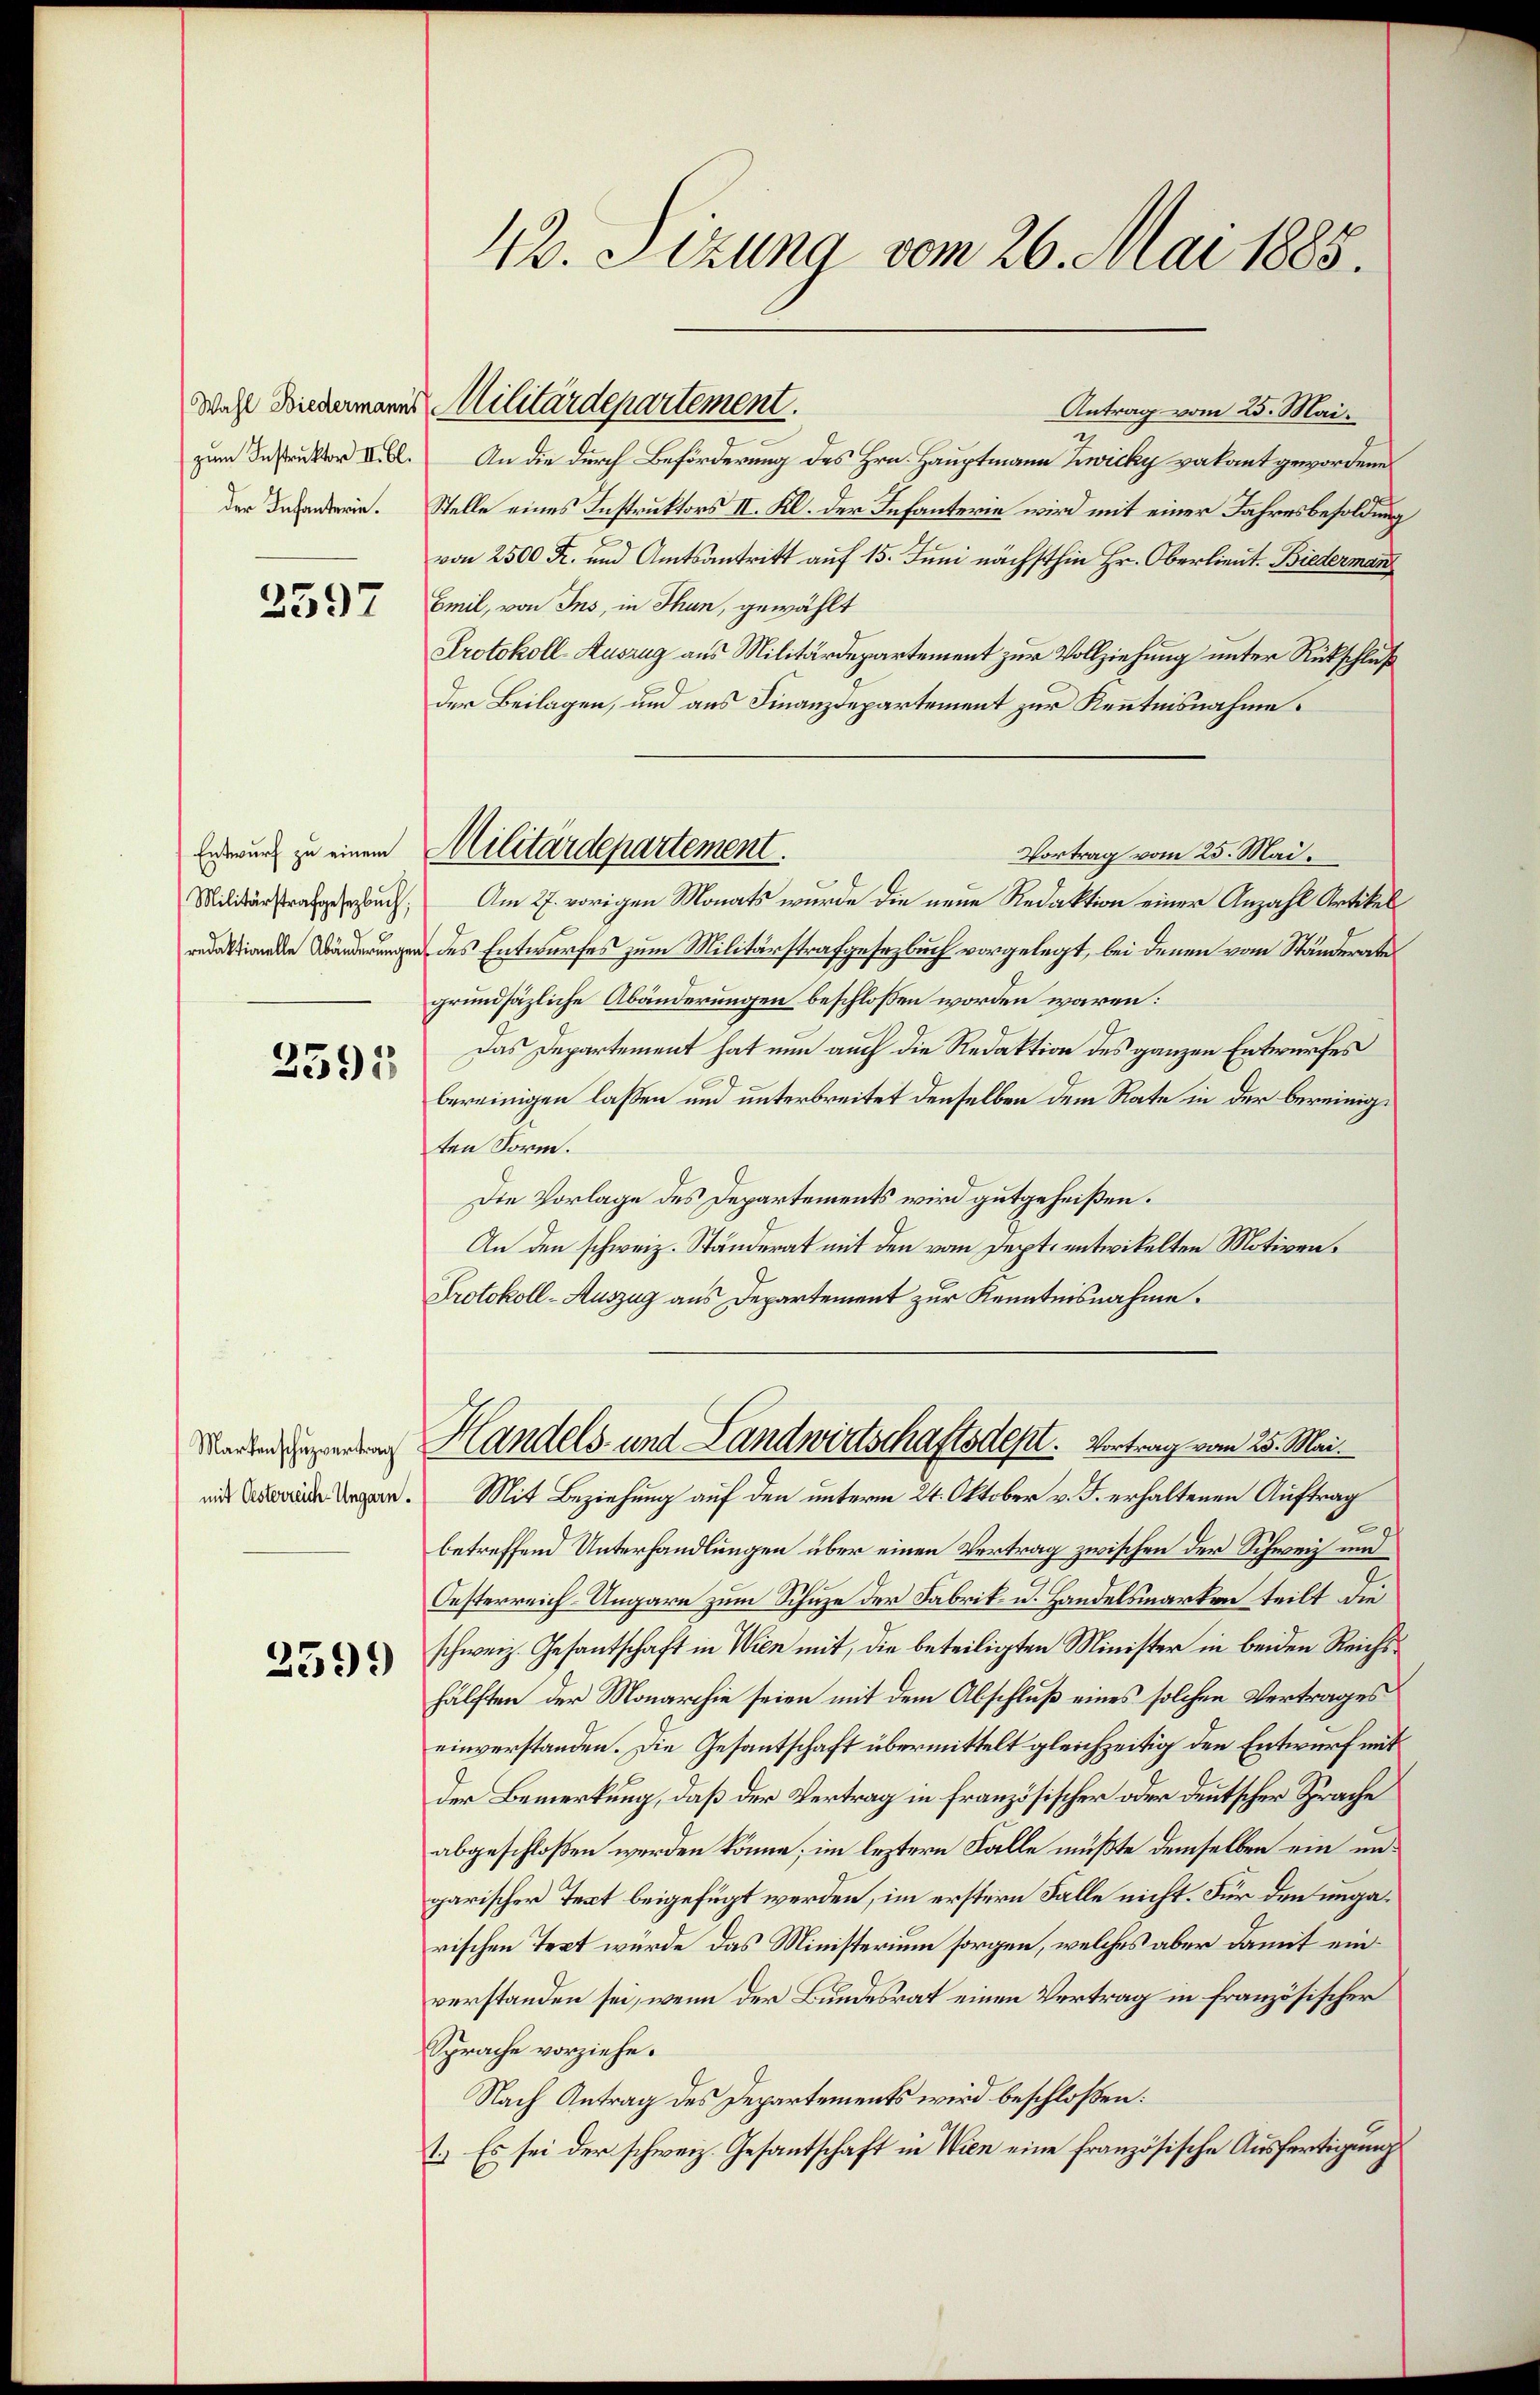
zum Instruktor II. Bl.

2597

Entwurf zu einem
Militärstrafgesetzbuch,
redaktionelle Abänderungen

2591

Markenschuzvertrag
mit Oesterreich-Ungarn.

2599

42. Sizung vom 26. Mai 1885.

Antrag vom 25. Mai.
An die durch Beförderung des Hrn. Hauptmann Zwicky vakant gewordene
der Behanderie. Stelle eines Instruktors II. Kl. der Infanterie wird mit einer Jahresbesoldung
von 2500 Fr. und Amtsantritt auf 15. Juni nächsthin Hr. Oberlieut. Biederman
Emil, von Ins, in Thun, gewählt
Protokoll-Auszug aus Militärdepartement zur Vollziehung unter Rückschluß
der Beilagen, und aus Finanzdepartement zur Kenntnisnahme.
Vortrag vom 25. Mai.
Am 27. vorigen Monats wurde die neue Redaktion einer Anzahl Artikel
des Entwurfes zum Militärstrafgesezbuch vorgelegt, bei denen vom Ständerates
grundsäzliche Abänderungen beschlossen worden wären:
Das Departement hat nun auch die Redaktion des ganzen Entwurfes
bereinigen lassen und unterbreitet denselben dem Rate in der bereinige
ten Form.
Die Vorlage des Departements wird gutgeheißen.
An den schweiz. Ständerat mit den vom Sept. entwickelten Motiven¬
Protokoll-Auszug aus Departement zur Kenntnisnahme.
Handels- und Landwirtschaftsdepl. Vortrag vom 25. Mai.
Mit Beziehung auf den unterm 24. Oktober v. J. erhaltenen Auftrag
betreffend Unterhandlungen über einen Vertrag zwischen der Schweiz und
Oesterreich-Ungarn zum Schuze der Fabrik- u. Handelsmarken teilt die
schweiz. Gesantschaft in Wien mit, die beteiligten Minister in beiden Reichshälften der Monarchie seien mit dem Abschluß eines solchen Vertrages
einverstanden. Die Gesantschaft übermittelt gleichzeitig den Entwurf mit
der Bemerkung, daß der Vertrag in französischer oder deutscher Sprache
abgeschloßen werden könne; im leztere Falle mußte demselben ein ungarischer Text beigefügt werden, im erstern Falle nicht. Für den ungarischen Text würde das Ministerium sorgen, welches aber damit einverstanden sei, wenn der Bundesrat einen Vertrag in französischer
Sprache vorziehe.
Nach Antrag des Departements wird beschloßen:
1.) Es sei der schweiz. Gesantschaft in Wien eine französische Ausfertigung

Wahl wiedermanns Militärdepartement.

Militärdepartement.